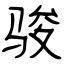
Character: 骏